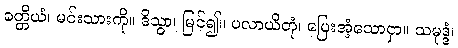
ခတ္တိယံ၊ မင်းသားကို။ ဒိသွာ၊ မြင်၍။ ပလာယိတုံ၊ ပြေးအံ့သောငှာ။ သမုဒ္ဒံ၊